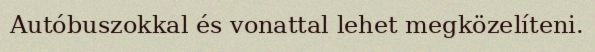
Autóbuszokkal és vonattal lehet megközelíteni.